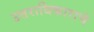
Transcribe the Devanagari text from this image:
उत्तराधिकाराचे